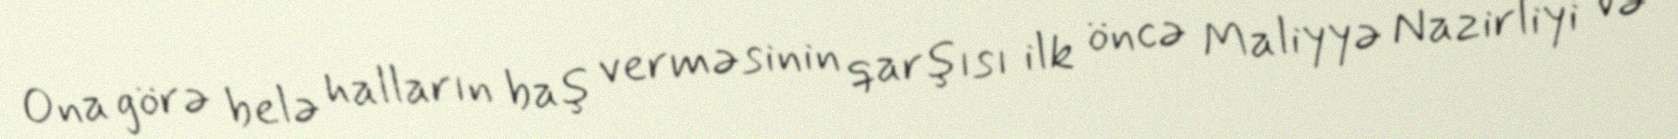
Ona görə belə halların baş verməsinin qarşısı ilk öncə Maliyyə Nazirliyi və